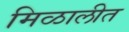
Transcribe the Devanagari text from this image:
मिळालीत